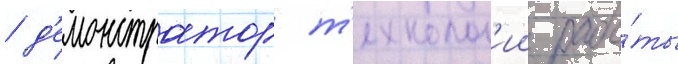
/ д'емонстратор т'ехнолог'ии рабо́ты